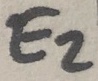
Text: E2